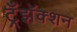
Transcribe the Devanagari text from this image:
ट्रँझॅक्शन